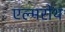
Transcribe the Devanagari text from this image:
एल्मरोथ